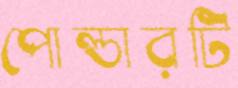
পোল্ডারটি